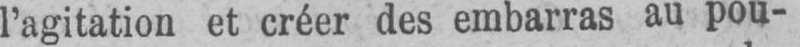
l’agitation et créer des embarras au pou-